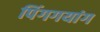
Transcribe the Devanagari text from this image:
पिंगगयांग